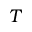
T